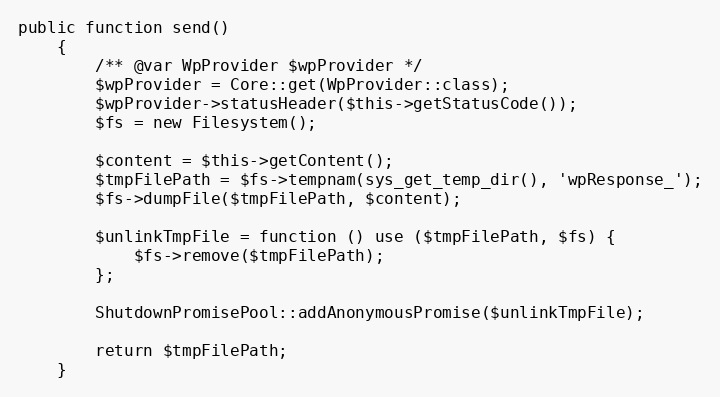
Language: PHP
public function send()
    {
        /** @var WpProvider $wpProvider */
        $wpProvider = Core::get(WpProvider::class);
        $wpProvider->statusHeader($this->getStatusCode());
        $fs = new Filesystem();

        $content = $this->getContent();
        $tmpFilePath = $fs->tempnam(sys_get_temp_dir(), 'wpResponse_');
        $fs->dumpFile($tmpFilePath, $content);

        $unlinkTmpFile = function () use ($tmpFilePath, $fs) {
            $fs->remove($tmpFilePath);
        };

        ShutdownPromisePool::addAnonymousPromise($unlinkTmpFile);

        return $tmpFilePath;
    }